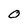
Character: O